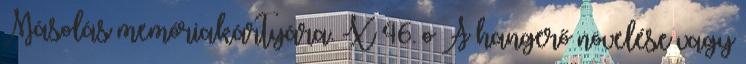
Másolás memóriakártyára. X 46. o A hangerő növelése vagy